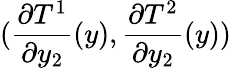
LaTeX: (\frac{\partial T^{1}}{\partial y_{2}}(y),\frac{\partial T^{2}}{\partial y_{2}}(y))